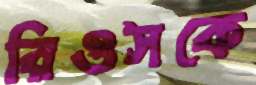
রিওসকে